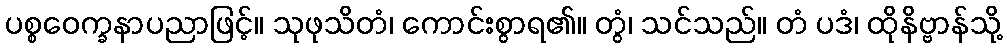
ပစ္စဝေက္ခနာပညာဖြင့်။ သုဖုသိတံ၊ ကောင်းစွာရ၏။ တွံ၊ သင်သည်။ တံ ပဒံ၊ ထိုနိဗ္ဗာန်သို့